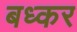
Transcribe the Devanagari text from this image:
बध्कर